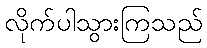
လိုက်ပါသွားကြသည်